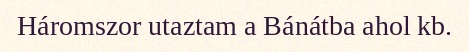
Háromszor utaztam a Bánátba ahol kb.